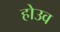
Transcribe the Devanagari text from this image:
होउव